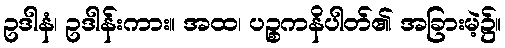
ဥဒါနံ၊ ဥဒါန်းကား။ အထ၊ ပဉ္စကနိပါတ်၏ အခြားမဲ့၌။